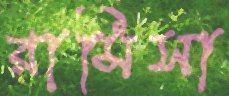
রামিসা